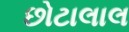
છોટાલાલ